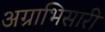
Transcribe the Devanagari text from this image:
अग्राभिसारी